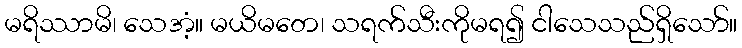
မရိဿာမိ၊ သေအံ့။ မယိမတေ၊ သရက်သီးကိုမရ၍ ငါသေသည်ရှိသော်။